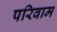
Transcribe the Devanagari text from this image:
परिवाम